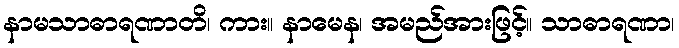
နာမသာဓာရဏာတိ၊ ကား။ နာမေန၊ အမည်အားဖြင့်။ သာဓာရဏာ၊